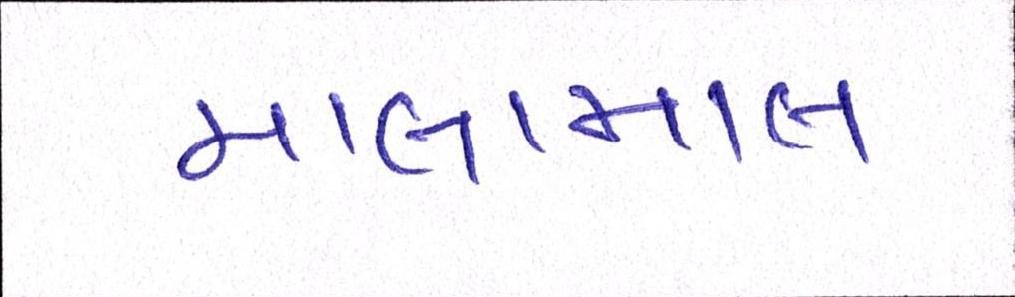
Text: માલામાલ